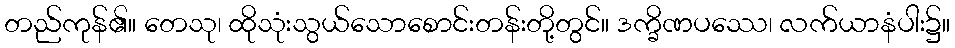
တည်ကုန်၏။ တေသု၊ ထိုသုံးသွယ်သောစောင်းတန်းတို့တွင်။ ဒက္ခိဏပဿေ၊ လက်ယာနံပါး၌။